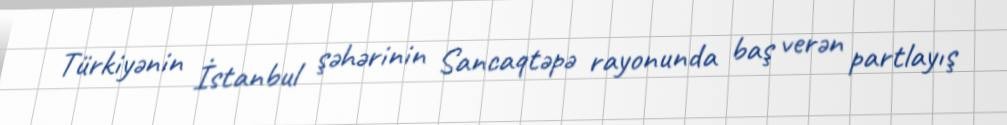
Türkiyənin İstanbul şəhərinin Sancaqtəpə rayonunda baş verən partlayış